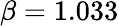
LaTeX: \beta=1.033